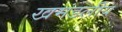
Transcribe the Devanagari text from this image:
खमंडलीय